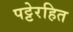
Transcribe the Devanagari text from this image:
पट्टेरहित